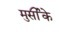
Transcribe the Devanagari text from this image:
मुर्सीके